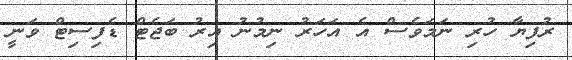
ރުފިޔާ ހުރި ނަމަވެސް އެ އަހަރު ނިމުނު އިރު ބަޖެޓް ޑެފިސިޓް ވަނީ